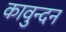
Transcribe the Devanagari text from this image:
कावुन्दन